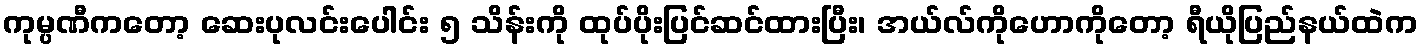
ကုမ္ပဏီကတော့ ဆေးပုလင်းပေါင်း ၅ သိန်းကို ထုပ်ပိုးပြင်ဆင်ထားပြီး၊ အယ်လ်ကိုဟောကိုတော့ ရီယိုပြည်နယ်ထဲက